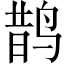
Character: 鹊